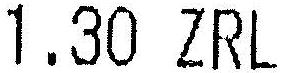
1.30 ZRL